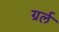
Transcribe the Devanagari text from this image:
ग्रर्ल